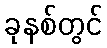
ခုနစ်တွင်